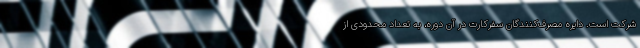
شرکت است. دایره مصرف‌کنندگان سفرکارت در آن دوره، به تعداد محدودی از